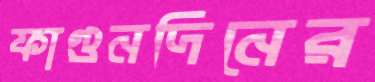
ফাগুনদিনের